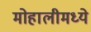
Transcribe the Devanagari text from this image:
मोहालीमध्ये